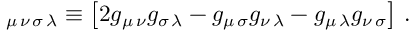
{ \ss } _ { \mu \, \nu \, \sigma \, \lambda } \equiv \left[ 2 g _ { \mu \, \nu } g _ { \sigma \, \lambda } - g _ { \mu \, \sigma } g _ { \nu \, \lambda } - g _ { \mu \, \lambda } g _ { \nu \, \sigma } \right] \, .